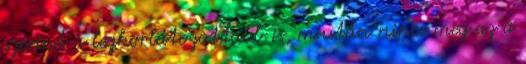
szerint a legkorlátozottabb is, miután nincs meg az a